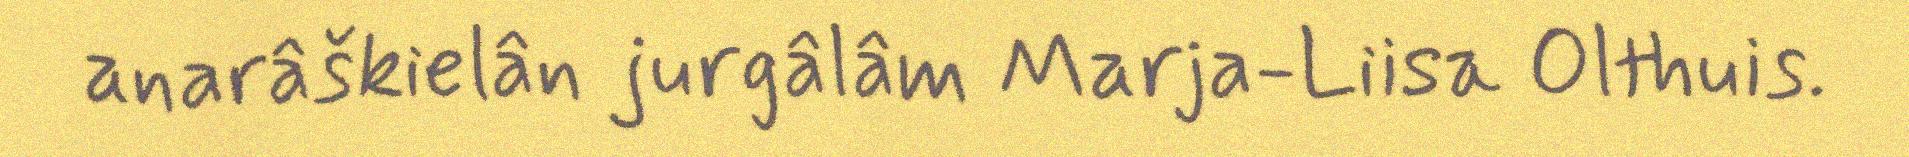
anarâškielân jurgâlâm Marja-Liisa Olthuis.